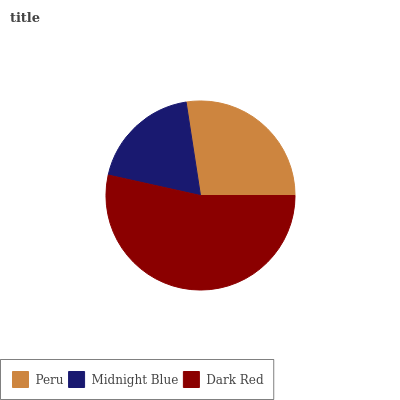
| Peru | Midnight Blue | Dark Red |
 | --- | --- | --- |
 | 27.4% | 19.1% | 53.5% |